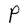
Character: P